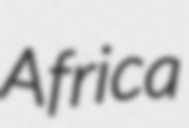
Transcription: Africa